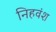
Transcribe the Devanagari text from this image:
निहवंश